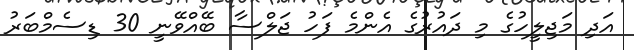
އަދި މަޖިލީހުގެ މި ދައުރުގެ އެންމެ ފަހު ޖަލްސާ ބޭއްވޭނީ 30 ޑިސެމްބަރު